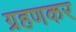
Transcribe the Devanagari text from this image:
ग्रहणकर